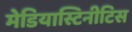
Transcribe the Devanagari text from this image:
मेडियास्टिनीटिस